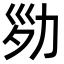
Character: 𠡝